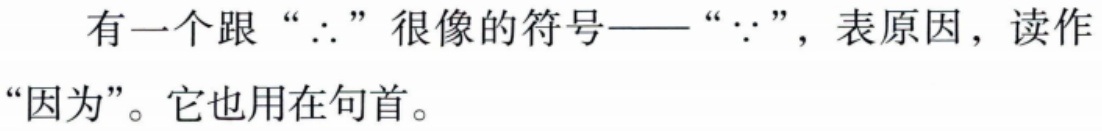
有一个跟 “$\therefore$” 很像的符号——“$\because$”，表原因，读作“因为”。它也用在句首。